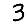
Digit: 3